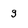
Character: g